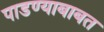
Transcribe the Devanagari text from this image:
पाडण्याबाबत